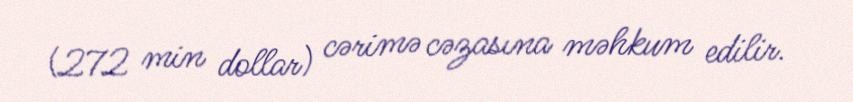
(272 min dollar) cərimə cəzasına məhkum edilir.